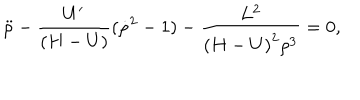
{ \ddot { \rho } } - { \frac { U ^ { \prime } } { ( H - U ) } } ( { \dot { \rho } } ^ { 2 } - 1 ) - { \frac { L ^ { 2 } } { { ( H - U ) } ^ { 2 } \rho ^ { 3 } } } = 0 ,